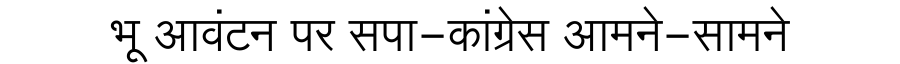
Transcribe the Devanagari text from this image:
भू आवंटन पर सपा-कांग्रेस आमने-सामने